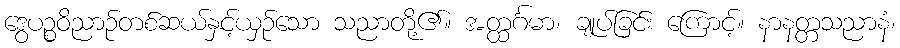
ဒွေပဉ္စဝိညာဉ်တစ်ဆယ်နှင့်ယှဉ်သော သညာတို့၏။ အတ္ထင်္ဂမာ၊ ချုပ်ခြင်း ကြောင့်။ နာနတ္တသညာနံ၊